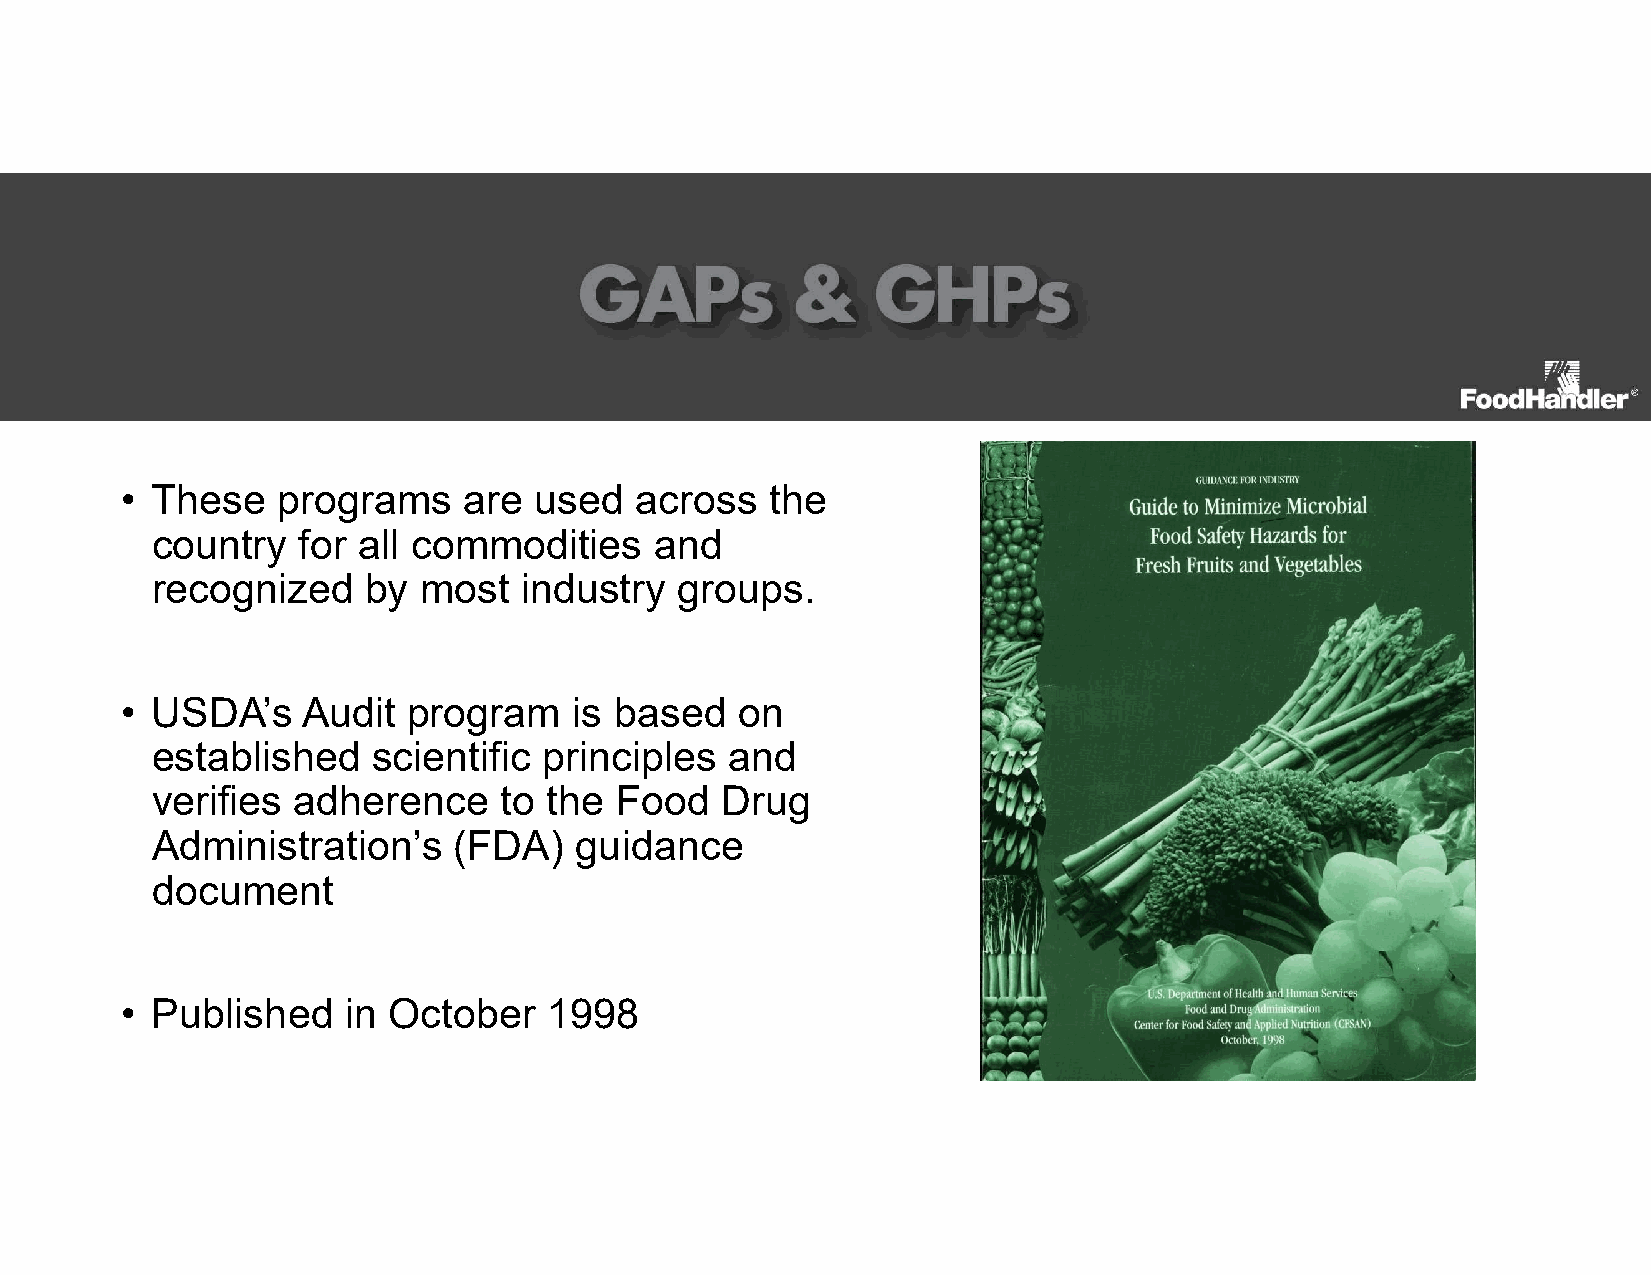
• These   programs     are used   across   the
 country   for all commodities    and
 recognized    by  most  industry   groups.
 • USDA’s    Audit  program    is based   on
 established    scientific principles  and
 verifies adherence     to the  Food   Drug
 Administration’s    (FDA)   guidance
 document
 • Published    in October   1998